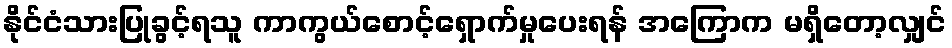
နိုင်ငံသားပြုခွင့်ရသူ ကာကွယ်စောင့်ရှောက်မှုပေးရန် အကြောက မရှိတော့လျှင်